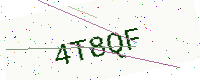
Text: 4T8QF